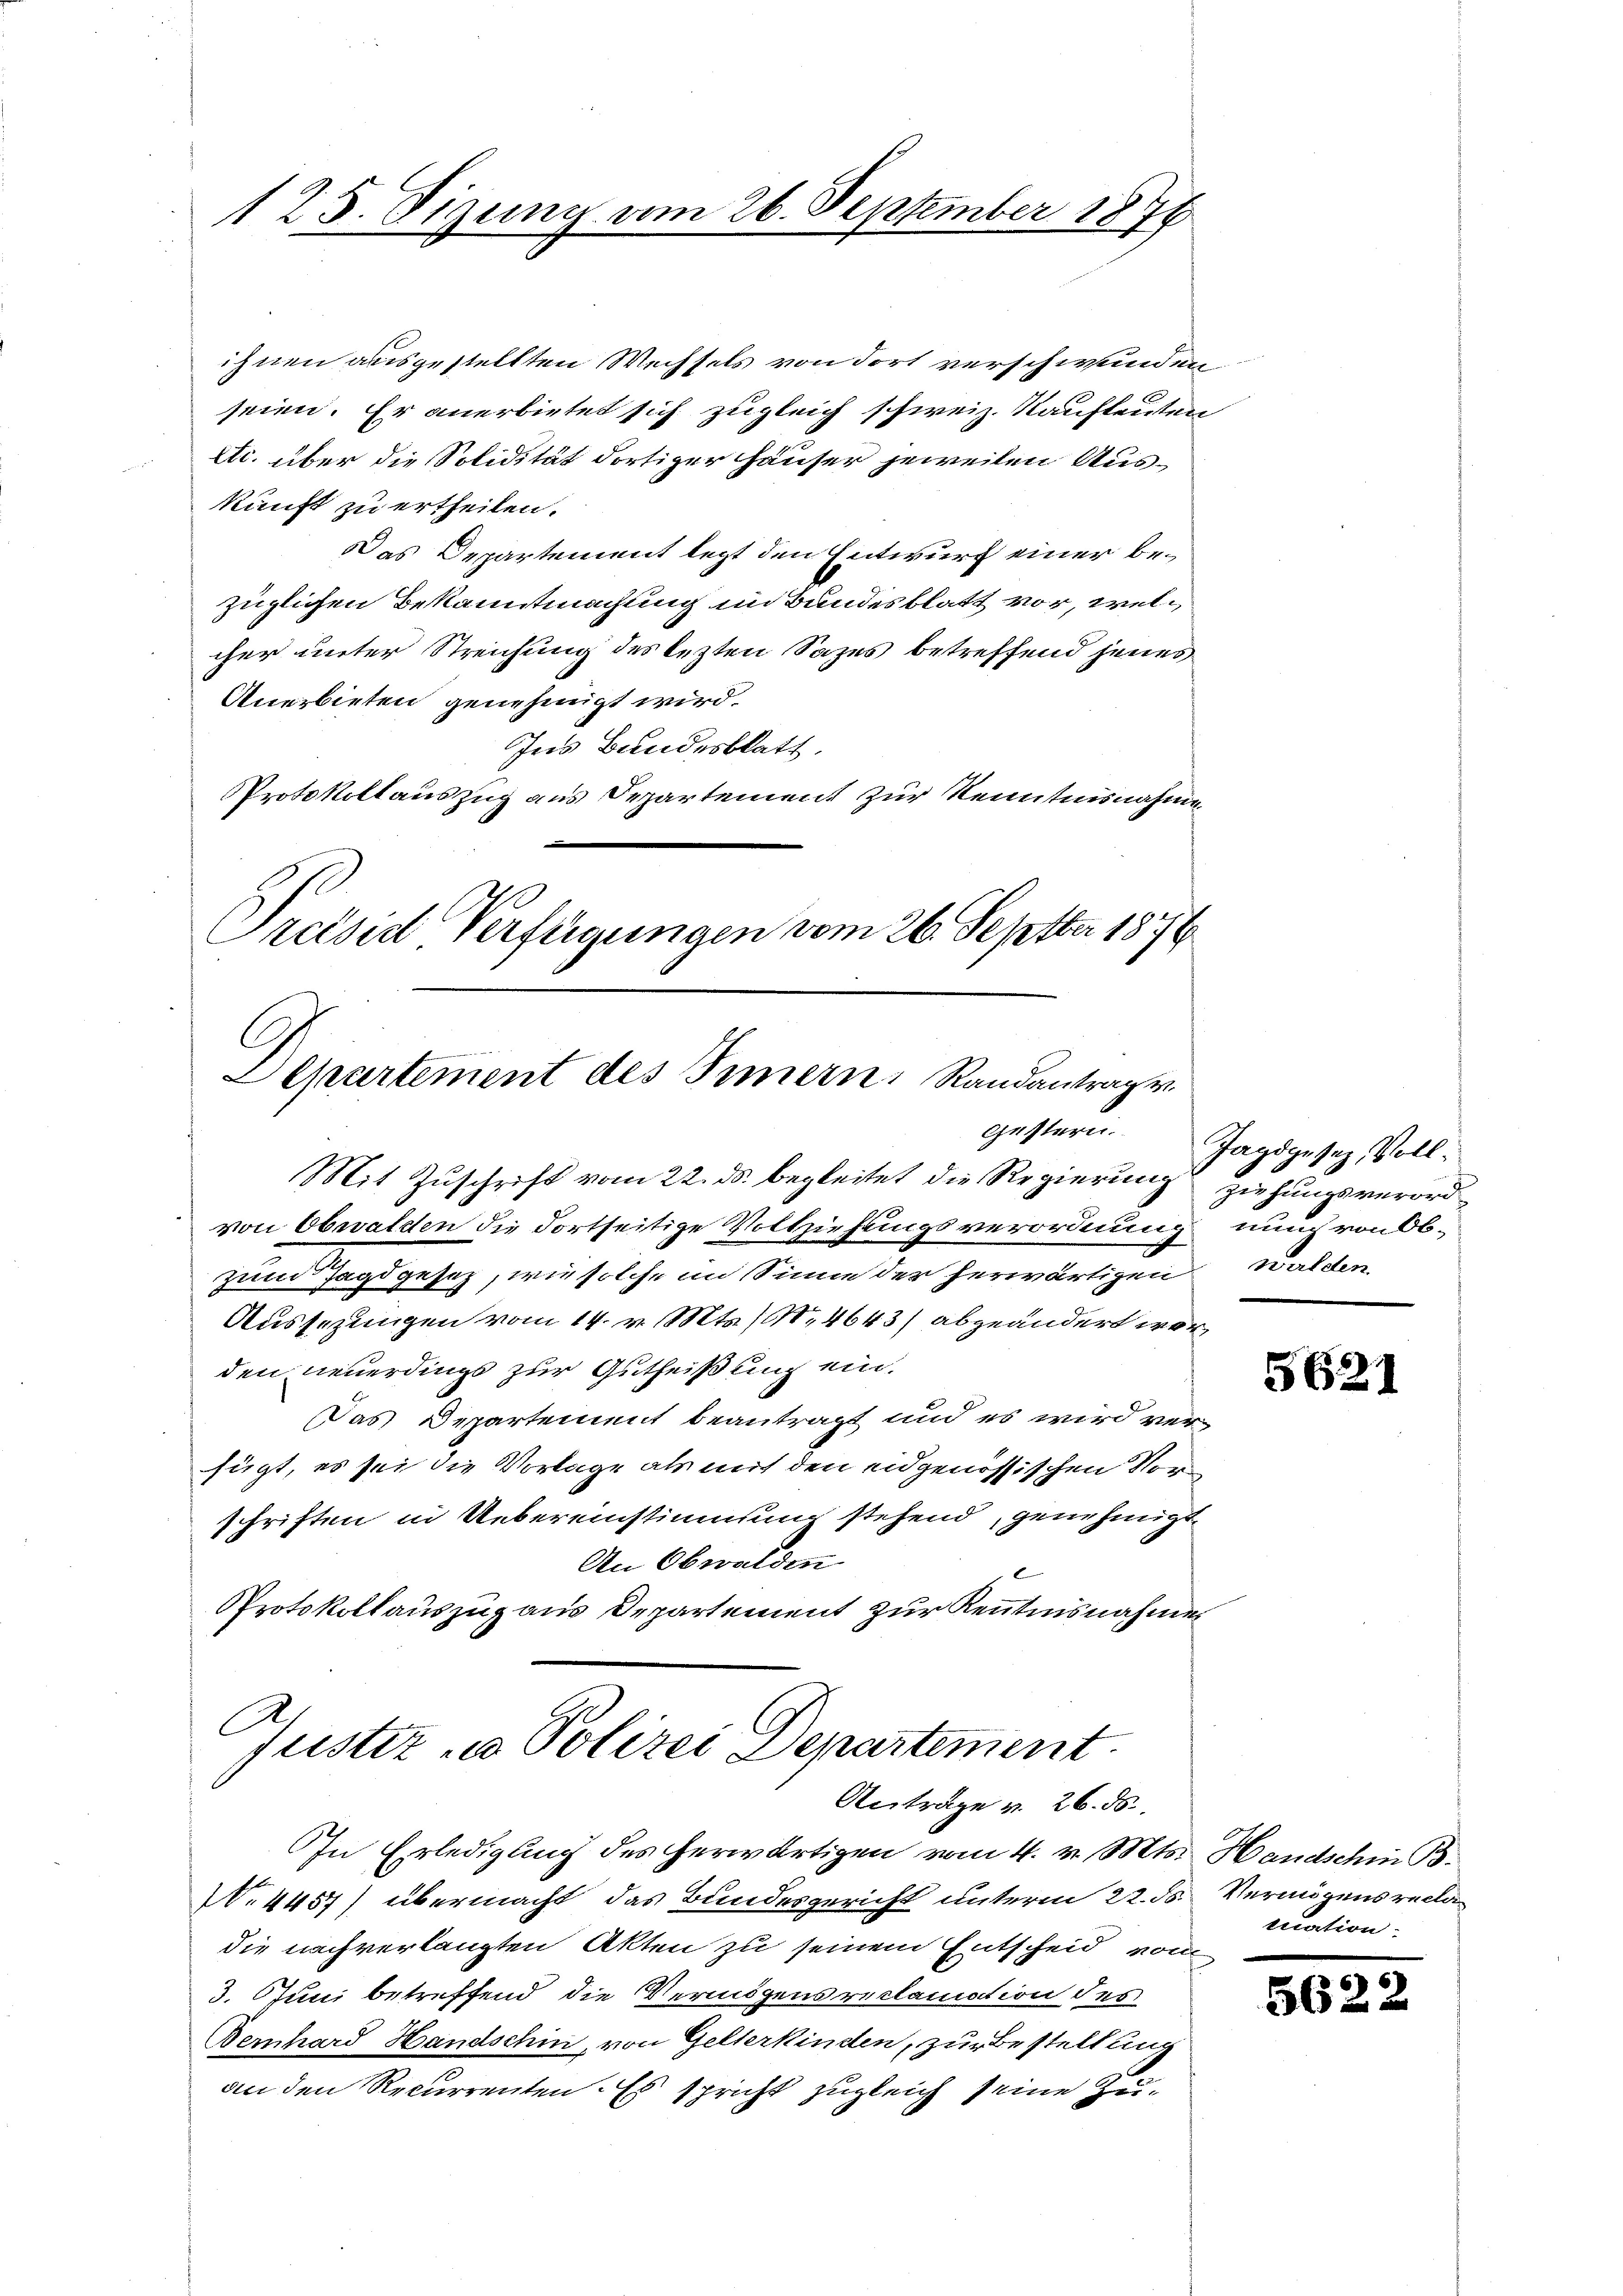
125. digung vom 26. September 1877

ihnen ausgestellten Wechsels von dort verschwunden.
seien. Er anerbietet sich zugleich schweiz. Kaufleuten
etc. über die Solidität dortiger Häuser jeweilen Aus-
kunft zu ertheilen.
Das Departement legt den Entwurf einer bezüglichen Bekanntmachung im Bundesblatt vor, welcher unter Streichung des lezten Sazes betreffend jenes
Anerbieten genehmigt wird.
Ins Bundesblatt.
Protokollauszug aus Departement zur Kenntnisnahme
Preised Verfügungen vom 26. Septber 1876

Lepartement des Innern, Randantrage
Gestern.

Mit Zuschrift vom 22. ds. begleitet die Regierung ziehungsverordvon Obwalden die dortseitige Vollziehungsverordnung nach von Ob-
zum Jagdgesetz, wie solche im Sinne der herwärtigen Walden.
Aussezungen vom 14. v. Mts. (N. 4643) abgeändert worden neuerdings zur Gutheißung ein.
Das Departement beantragt und es wird ver-
fügt, es sei die Vorlage als mit den eidgenössischen Vorschriften in Uebereinstimmung stehend, genehmigt.
An Obwalden
Protokollauszug aus Departement zur Kenntnisnahmen

Justiz & Polizei Departement.
Anträge v. 26. ds.
IIn Erledigung des herwärtigen vom 4. v. Mts. Handschin B
N.4457) übermacht das Bundesgericht unterm 22. ds. Vermögensrecla¬

die nachverlangten Akten zu seinem Entscheid vom
3. Juni betreffend die Vermögensreclamation des
Bernhard Handschin, von Gelterkinden, zur Bestellung
an den Recurrenten. Es spricht zugleich seine Zu¬

Jagdgesez, Voll¬

5621

tuation.

56:

2